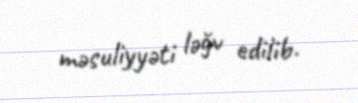
məsuliyyəti ləğv edilib.